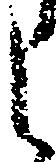
し